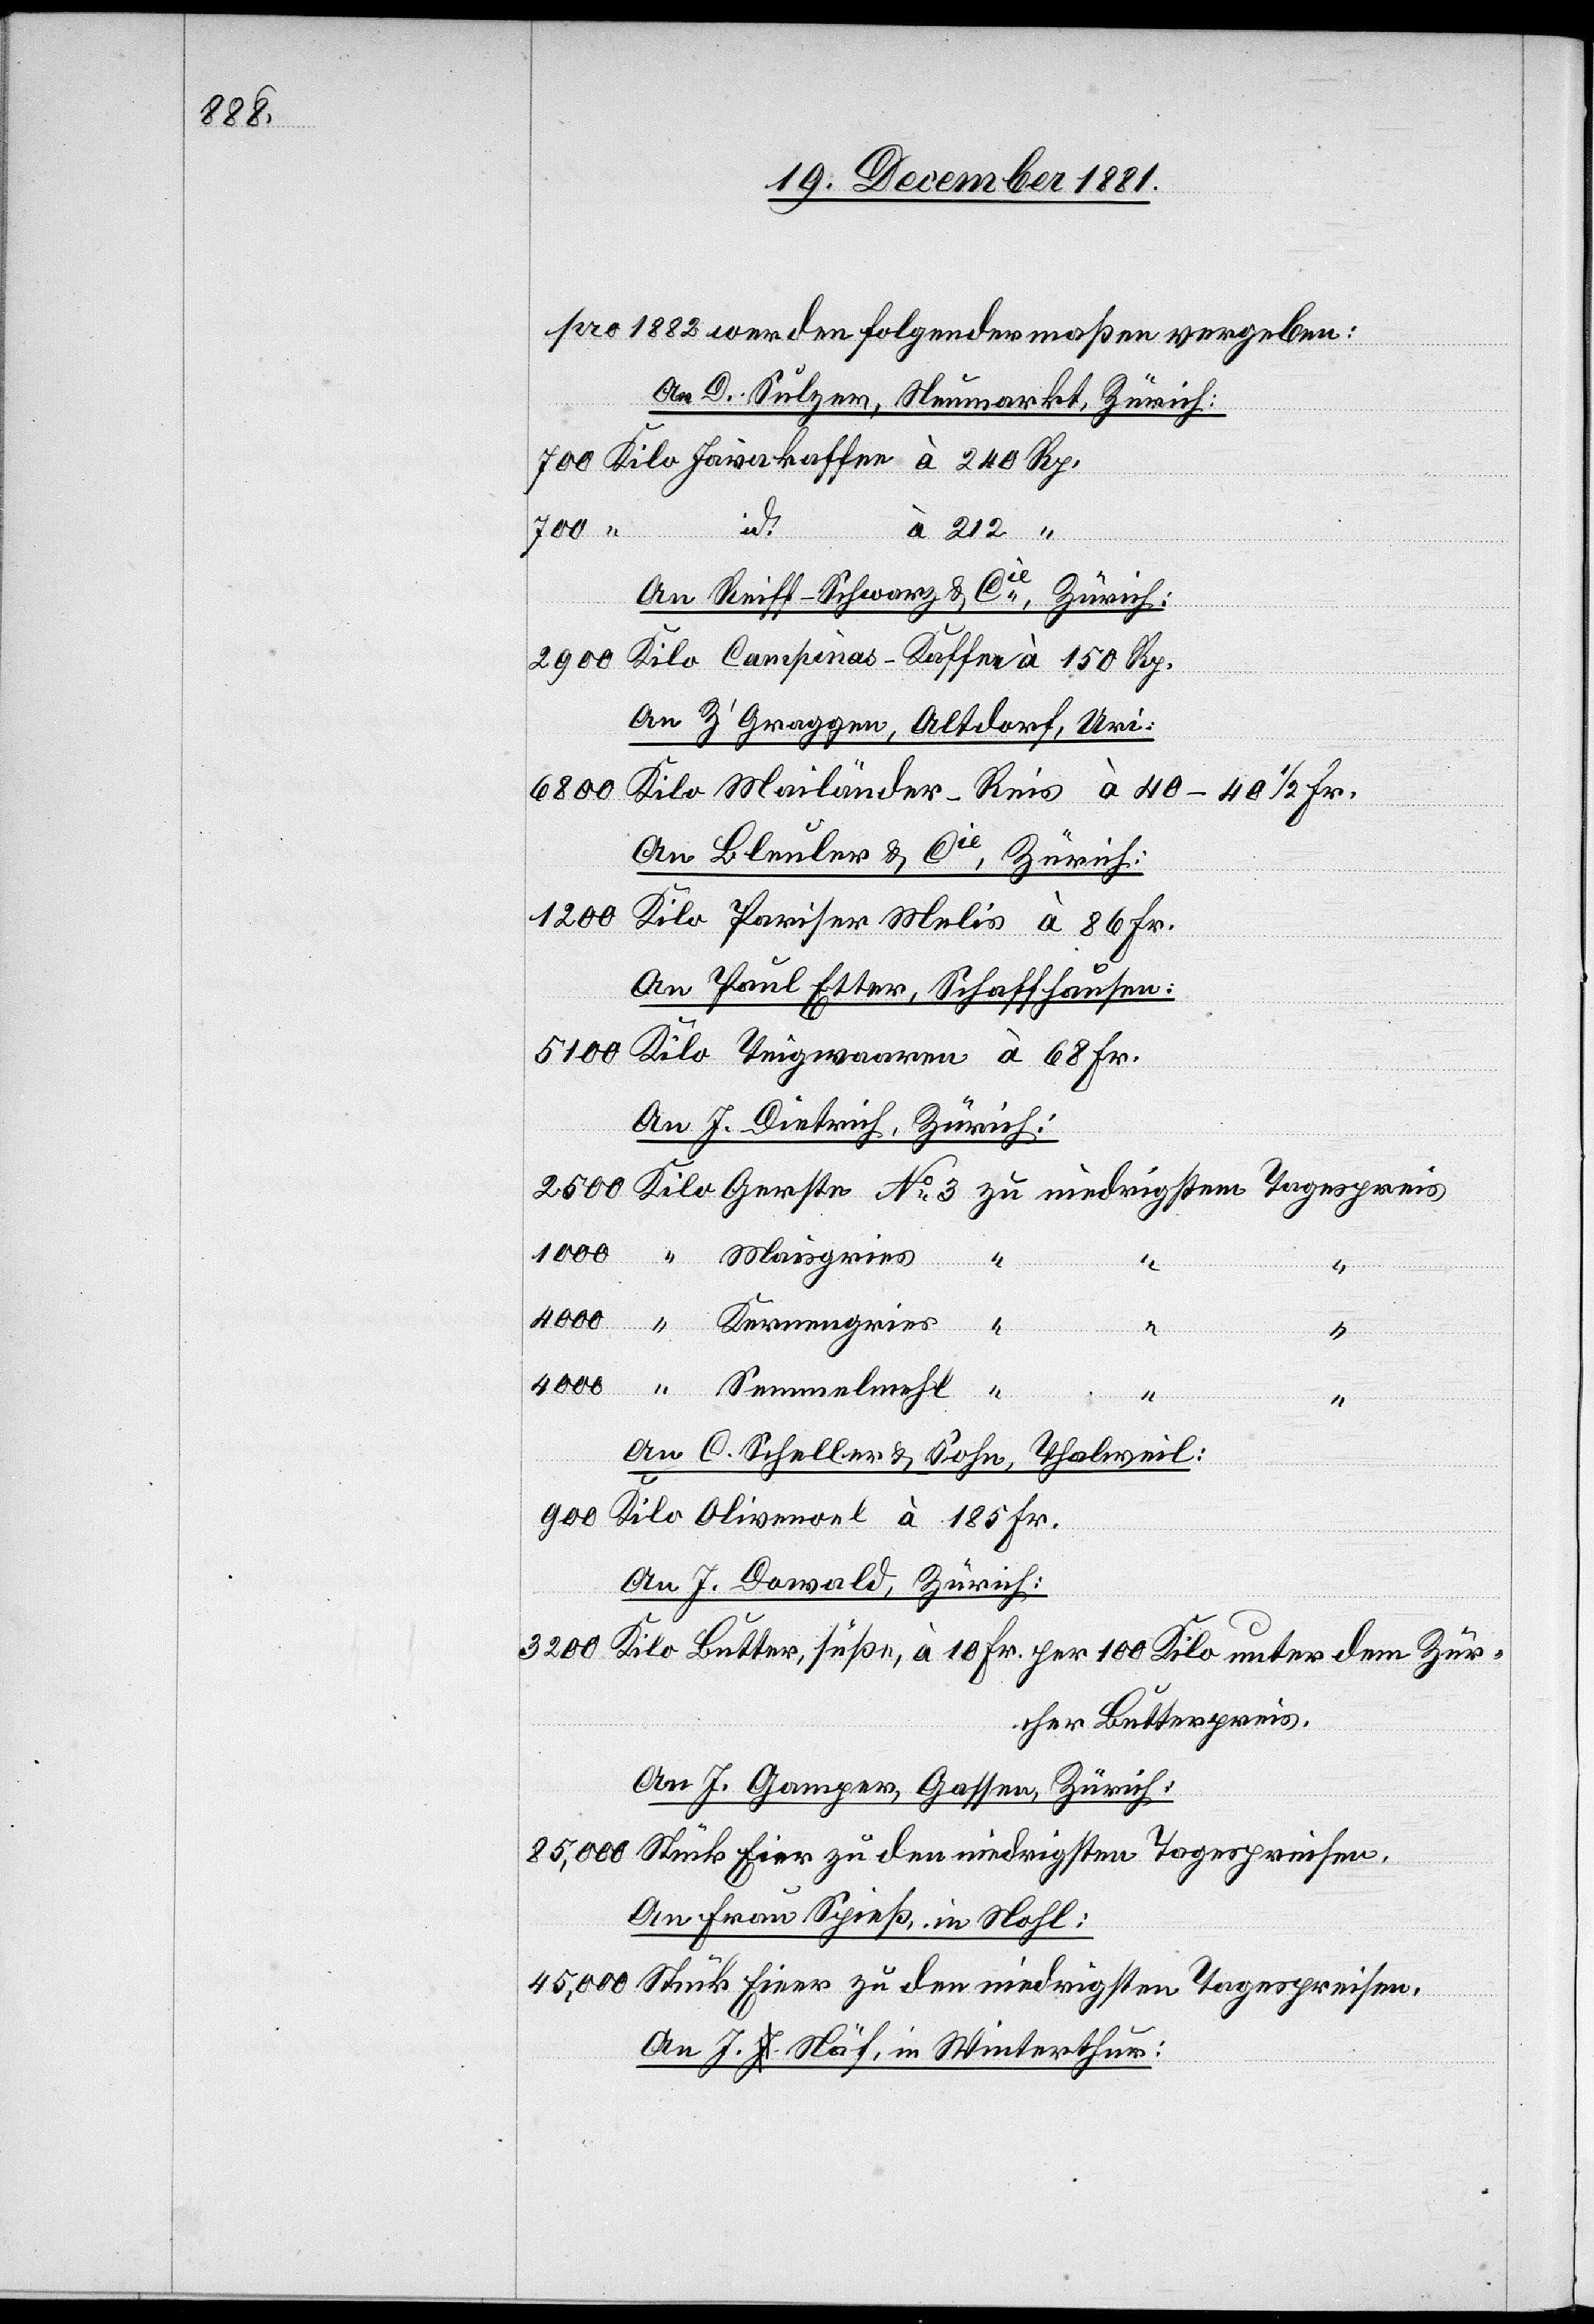
pro 1882 werden folgendermaßen vergeben:
An D. Sulzer, Neumarkt, Zürich:
id.
700
Semmelmehl
An Reiff-Schwarz & Cie, Zürich.
Kilo Campinas-Kaffee à 150 Rp.
2500
An Z’Graggen, Altdorf, Uri.
4000
Kilo Mailänder-Reis à 40–40 1/2 Fr.
An Bleuler & Cie, Zürich:
1000
Kilo Pariser Melis à 86 Fr.
An Paul Etter, Schaffhausen:
5100 Kilo Teigwaaren à 68 Fr.
An J. Dietrich, Zürich:
Kernengries
“
“
“
An C. Scheller & Sohn, Thalweil:
900 Kilo Olivenoel à 185 Fr.
An J. Dawald, Zürich:
3200 Kilo Butter, süße, à 10 Fr. per 100 Kilo unter dem Zür¬
cher Butterpreis.
An J. Gamper, Gasser, Zürich:
85,000 Stück Eier zu den niedrigsten Tagespreisen.
An Frau Spieß, in Nohl:
45,000 Stück Eier zu den niedrigsten Tagespreisen.
An. J. Näf, in Winterthur: